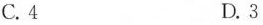
C.4 D.3